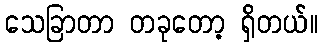
သေခြာတာ တခုတော့ ရှိတယ်။